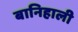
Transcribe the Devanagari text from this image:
बानिहाली